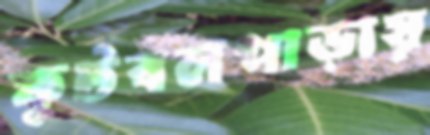
ফুটবলপাড়ায়